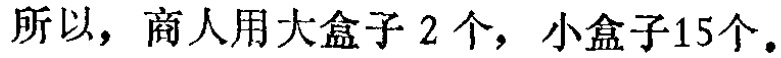
所以，商人用大盒子 \(2\) 个，小盒子\(15\)个。